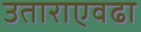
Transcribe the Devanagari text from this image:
उताराएवढा